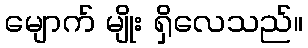
မျောက် မျိုး ရှိလေသည်။